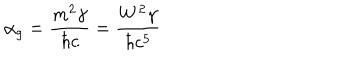
LaTeX: \alpha _ { g } = \frac { m ^ { 2 } \gamma } { \hbar c } = \frac { W ^ { 2 } \gamma } { \hbar c ^ { 5 } }